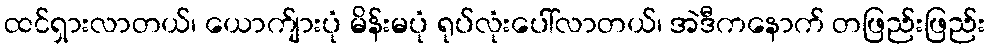
ထင်ရှားလာတယ်၊ ယောက်ျားပုံ မိန်းမပုံ ရုပ်လုံးပေါ်လာတယ်၊ အဲဒီကနောက် တဖြည်းဖြည်း